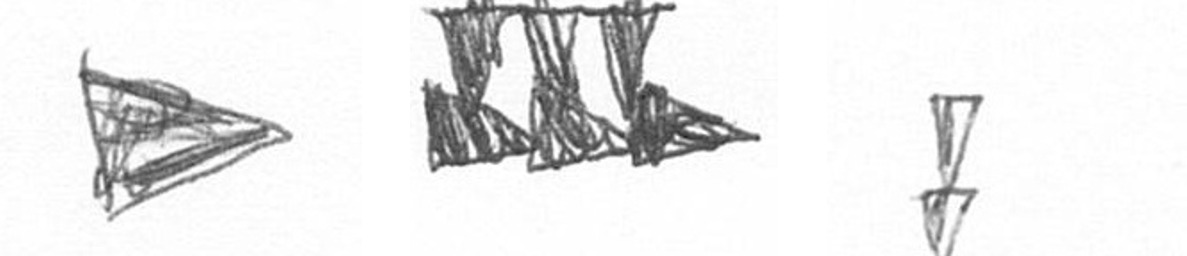
T D Z